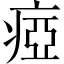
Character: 瘂